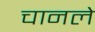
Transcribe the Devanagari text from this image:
चानले